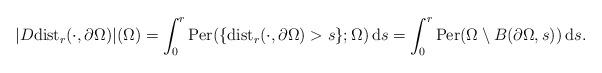
LaTeX: \begin{align*}|D{\rm dist}_r(\cdot, \partial \Omega)|(\Omega)=\int_0^r{\rm Per}(\{{\rm dist}_r(\cdot, \partial \Omega)>s\};\Omega)\,{\rm d}s=\int_0^r{\rm Per}(\Omega\setminus B(\partial \Omega, s))\,{\rm d}s.\end{align*}